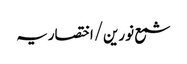
شمع نورین/اختصاریہ